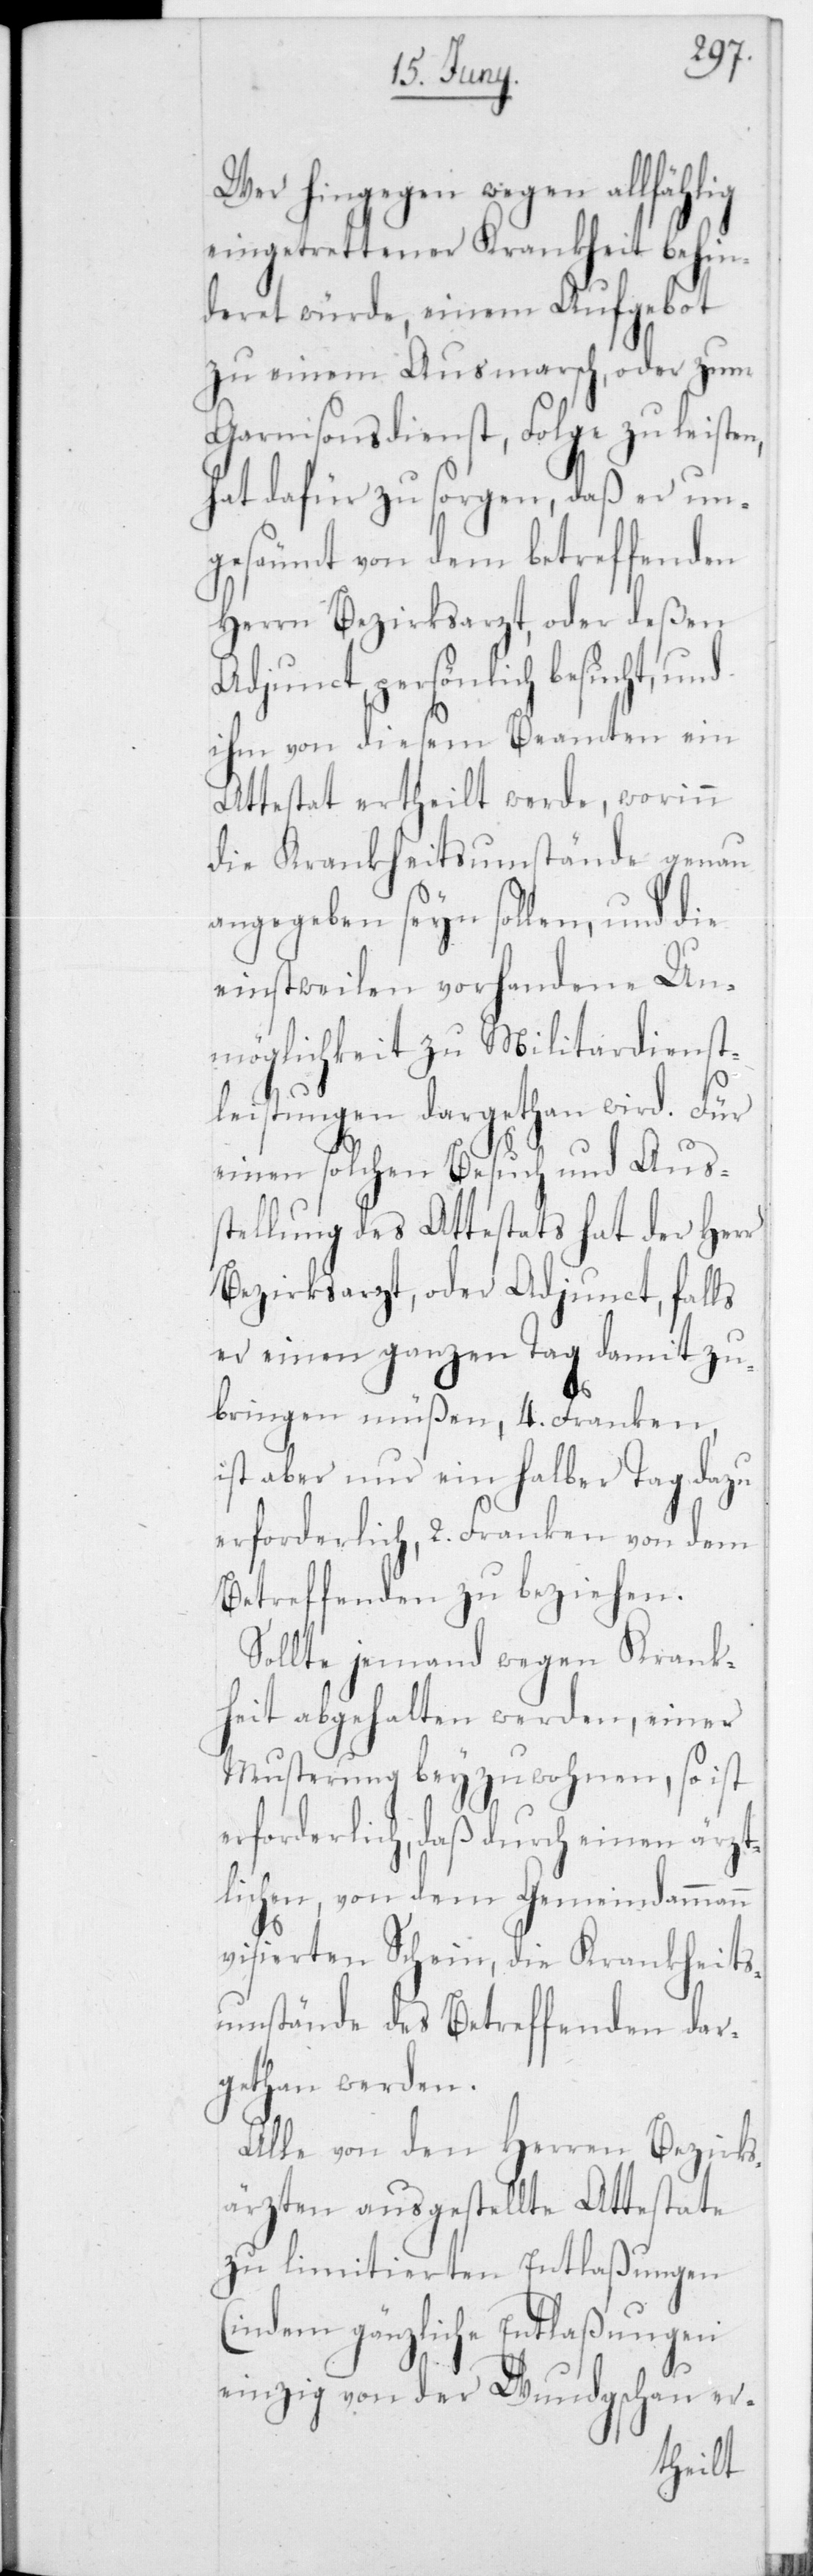
Wer hingegen wegen allfählig
eingetrettener Krankheit behin¬
deret würde, einem Aufgebot
zu einem Ausmarsch oder zum
Garnisonsdienst, Folge zu leisten,
hat dafür zu sorgen, daß er un¬
gesäumt von dem betreffenden
Herrn Bezirksarzt, oder deßen
Adjunct persönlich besucht, und
ihm von diesem Beamten ein
Attestat ertheilt werde, worinn
die Krankheitsumstände genau
angegeben seyn sollen, und die
einstweilen vorhandene Un¬
möglichkeit zu Militardienst¬
leistungen dargethan wird. Für
einen solchen Besuch und Auss¬
tellung des Attestats hat der Herr
Bezirksarzt, oder Adjunct, falls
er einen ganzen Tag damit zu¬
bringen müßen, 4 Franken,
ist aber nur ein halber Tag dazu
erforderlich, 2 Franken von dem
Betreffenden zu beziehen.
Sollte jemand wegen Krank¬
heit abgehalten werden, einer
Musterung beyzuwohnen, so ist
erforderlich, daß durch einen ärzt¬
lichen, von dem Gemeindammann
visierten Schein, die Krankheits¬
umstände des Betreffenden dar¬
gethan werden.
Alle von den Herren Bezirks¬
ärzten ausgestellte Attestate
zu limitierten Entlaßungen
(indem gänzliche Entlaßungen
einzig von der Wundgschau er-